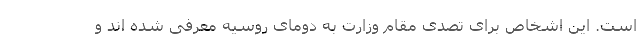
است. این اشخاص برای تصدی مقام وزارت به دومای روسیه معرفی شده اند و